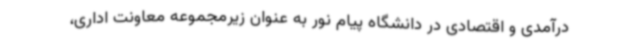
درآمدی و اقتصادی در دانشگاه پیام نور به عنوان زیرمجموعه معاونت اداری،